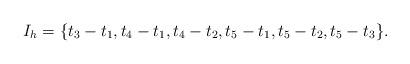
LaTeX: \begin{align*}I_h = \{ t_3-t_1, t_4-t_1, t_4-t_2, t_5-t_1, t_5-t_2, t_5-t_3 \}.\end{align*}